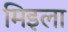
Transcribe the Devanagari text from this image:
मिइला